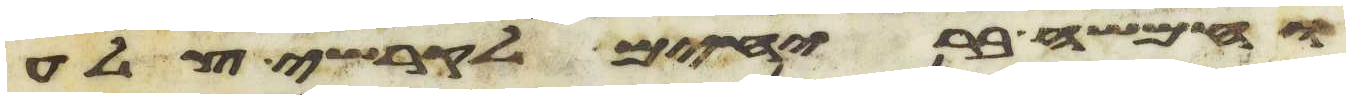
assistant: וחמשה בריחים לקרשי צלע